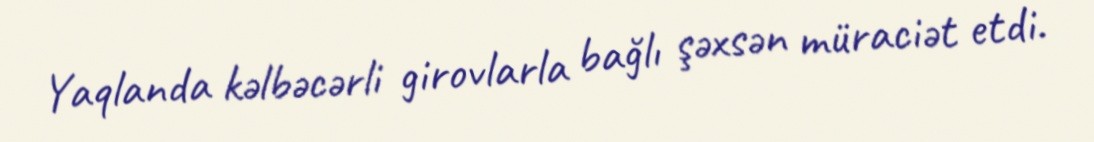
Yaqlanda kəlbəcərli girovlarla bağlı şəxsən müraciət etdi.